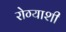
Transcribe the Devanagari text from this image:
रोग्याशी